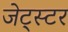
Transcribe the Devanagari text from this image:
जेट्स्टर